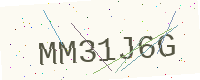
Text: MM31J6G